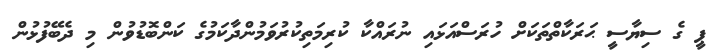
ޕީ ގެ ސިޔާސީ ޙަރަކާތްތަކަށް ހުރަސްއަޅައި ނުރައްކާ ކުރިމަތިކުރުވަމުންދާކަމުގެ ކަންބޮޑުވުން މި ދެބޭފުޅުން